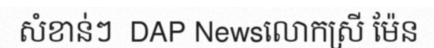
សំខាន់ៗ  DAP Newsលោកស្រី ម៉ែន